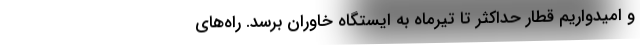
و امیدواریم قطار حداکثر تا تیرماه به ایستگاه خاوران برسد. راه‌های